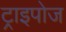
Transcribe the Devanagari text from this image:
ट्राइपोज